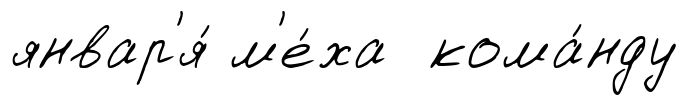
январ'я́ м'е́ха кома́нду